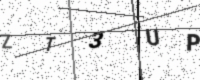
Text: ZT3UP